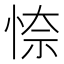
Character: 𭝎